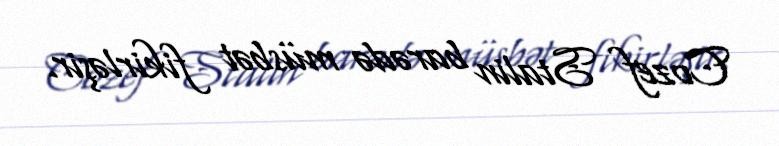
Cozef Stalin barədə müsbət fikirləşir.